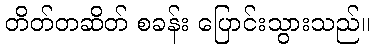
တိတ်တဆိတ် စခန်း ပြောင်းသွားသည်။